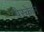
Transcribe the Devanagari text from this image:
पैस्केल